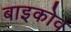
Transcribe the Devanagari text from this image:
बाइकोव